Report on vaccination North-West Frontier Province 1904-1922 - 1904-1922
Year: 1904
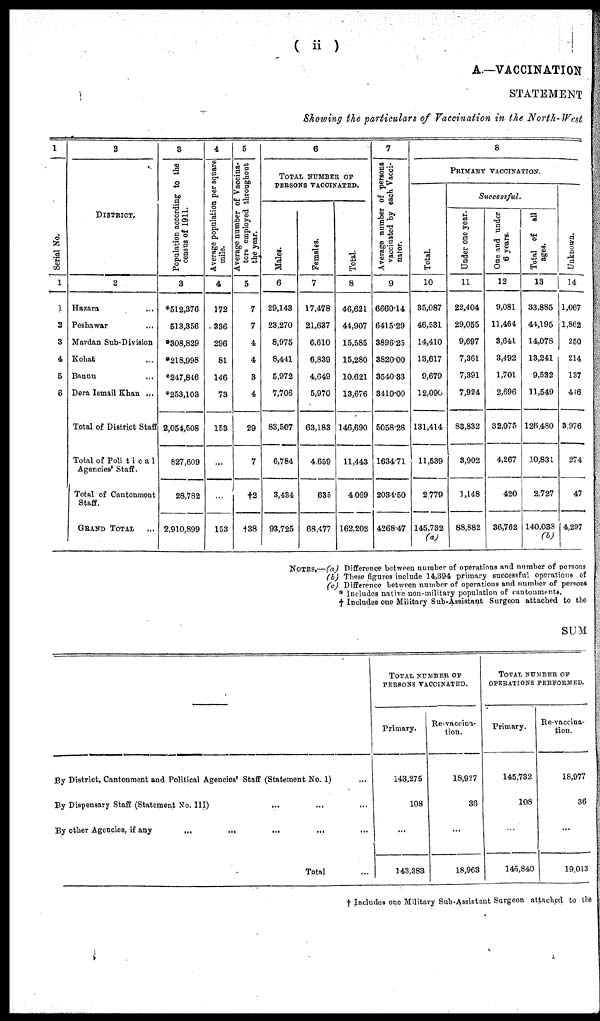
( ii )
A.—VACCINATION
STATEMENT
Showing the particulars of Vaccination in the North-West
1
Serial No.
1
1
2
3
4
5
6
2
DISTRICT.
2
Hazara ...
Peshawar ...
Mardan Sub-Division
Kohat ...
Bannu ...
Dera Ismail Khan ...
Total of District Staff
Total of Political
Agencies' Staff.
Total of Cantonment
Staff.
GRAND TOTAL ...
3
Population according to the
census of 1911.
3
*512,376
513,356
*308,829
*218,998
*247,846
*253,103
2,054,508
827,609
28,782
2,910,899
4
Average population per square
mile.
4
172
336
296
81
146
73
153
...
...
153
5
Average number of Vaccina¬
tors employed throughout
the year.
5
7
7
4
4
3
4
29
7
†2
†38
6
TOTAL NUMBER OF
PERSONS VACCINATED.
Males.
6
29,143
23,270
8,975
8,441
5,972
7,706
83,507
6,784
3,434
93,726
Females.
7
17,478
21,637
6,610
6,839
4,649
5,970
63,183
4,659
635
68,477
Total.
8
46,621
44,907
15,585
15,280
10,621
13,676
146,690
11,443
4,069
162,202
7
Average number of persons
vaccinated by each Vacci¬
nator.
9
6660.14
6416.29
3896.25
3820.00
3540.83
3419.00
5058.28
1634.71
2034.50
4268.47
8
PRIMARY VACCINATION.
Total.
10
35,087
46,531
14,410
13,617
9,679
12,090
131,414
11,539
2,779
145,732
(a)
Successful.
Under one year.
11
22,404
29,055
9,697
7,361
7,391
7,924
83,832
3,902
1,148
88,882
One and under
6 years.
12
9,081
11,464
3,641
3,492
1,701
2,696
32,075
4,267
420
36,762
Total of all
ages.
13
33,885
44,195
14,078
13,241
9,532
11,549
126,480
10,831
2,727
140,038
(b)
Unknown.
14
1,067
1,862
250
214
137
416
3,976
274
47
4,297
NOTES.—(a) Difference between number of operations and number of persons
(b) These figures include 14,394 primary successful operations of
(c) Difference between number of operations and number of persons
* Includes native non-military population of cantonments.
† Includes one Military Sub-Assistant Surgeon attached to the
SUM
By District, Cantonment and Political Agencies' Staff (Statement No. 1) ...
By Dispensary Staff (Statement No. III) ... ... ...
By other Agencies, if any ... ... ... ... ...
Total ...
TOTAL NUMBER OF
PERSONS VACCINATED.
Primary.
143,275
108
...
143,383
Re-vaccina¬
tion.
18,927
36
...
18,963
TOTAL NUMBER OF
OPERATIONS PERFORMED.
Primary.
145,732
108
...
145,840
Re-vaccina-
tion.
18,977
36
...
19,013
† Includes one Military Sub-Assistant Surgeon attached to the